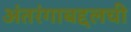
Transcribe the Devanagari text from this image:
अंतरंगाबद्दलची